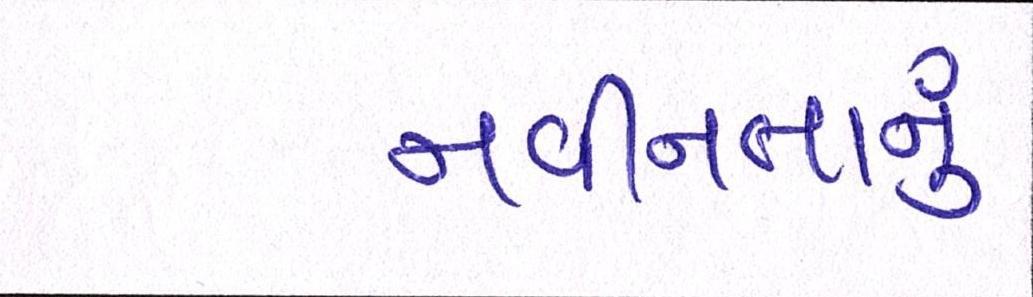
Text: નવીનતાનું